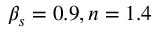
\beta _ { s } = 0 . 9 , n = 1 . 4